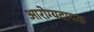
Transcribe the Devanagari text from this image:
आरोग्यदायक